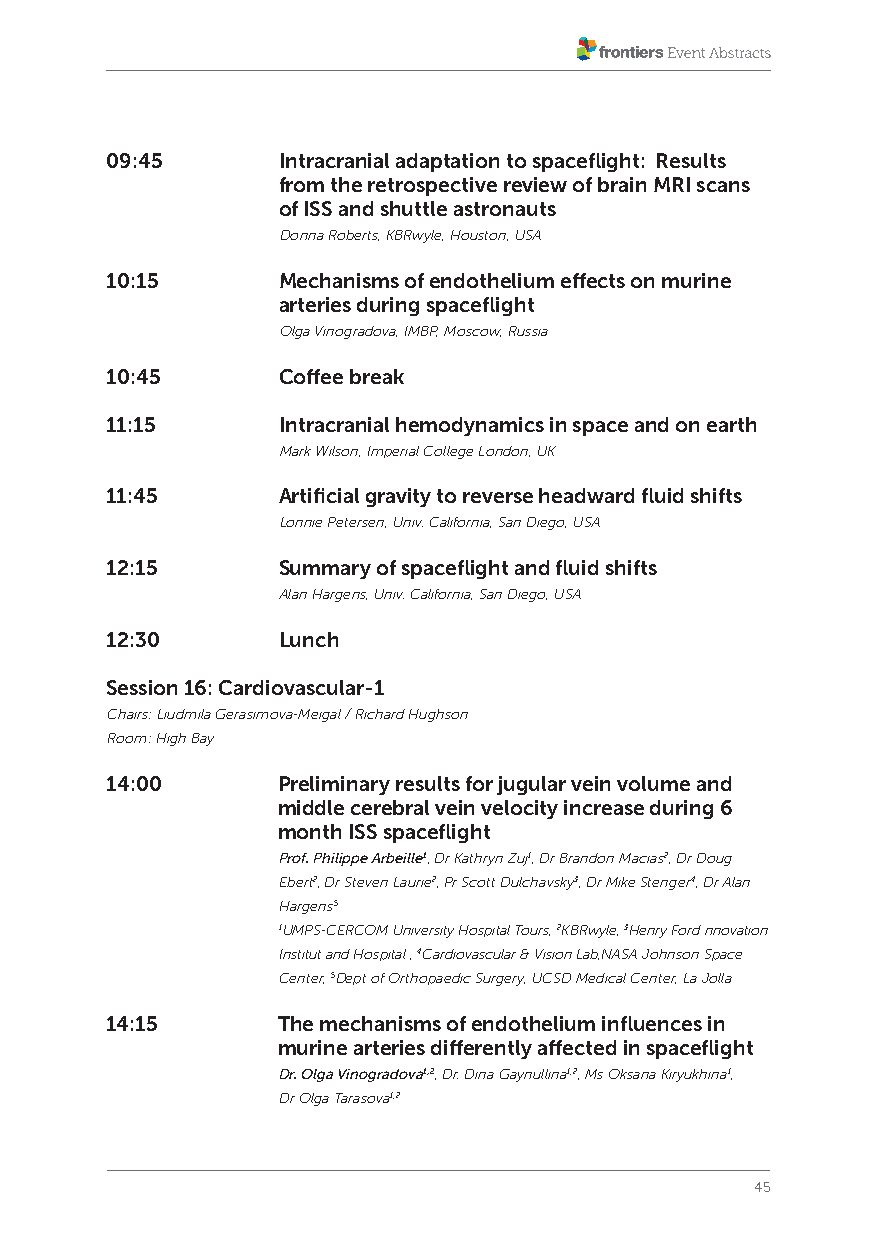
09:45      Intracranial adaptation to spaceflight: Results
 from the retrospective review of brain MRI scans
 of ISS and shuttle astronauts
 Donna Roberts, KBRwyle, Houston, USA
 10:15      Mechanisms of endothelium effects on murine
 arteries during spaceflight
 Olga Vinogradova, IMBP, Moscow, Russia
 10:45      Coffee break
 11:15      Intracranial hemodynamics in space and on earth
 Mark Wilson, Imperial College London, UK
 11:45      Artificial gravity to reverse headward fluid shifts
 Lonnie Petersen, Univ. California, San Diego, USA
 12:15      Summary of spaceflight and fluid shifts
 Alan Hargens, Univ. California, San Diego, USA
 12:30      Lunch
 Session 16: Cardiovascular-1
 Chairs: Liudmila Gerasimova-Meigal / Richard Hughson
 Room: High Bay
 14:00      Preliminary results for jugular vein volume and
 middle cerebral vein velocity increase during 6
 month ISS spaceflight
 Prof. Philippe Arbeille1, Dr Kathryn Zuj1, Dr Brandon Macias2, Dr Doug
 Ebert2, Dr Steven Laurie2, Pr Scott Dulchavsky3, Dr Mike Stenger4, Dr Alan
 Hargens5
 1UMPS-CERCOM University Hospital Tours, 2KBRwyle, 3Henry Ford nnovation
 Institut and Hospital , 4Cardiovascular & Vision Lab,NASA Johnson Space
 Center, 5Dept of Orthopaedic Surgery, UCSD Medical Center, La Jolla
 14:15      The mechanisms of endothelium influences in
 murine arteries differently affected in spaceflight
 Dr. Olga Vinogradova1,2, Dr. Dina Gaynullina1,2, Ms Oksana Kiryukhina1,
 Dr Olga Tarasova1,2
 45